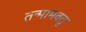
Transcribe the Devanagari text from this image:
तन्मामवतु